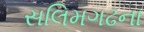
સલિમગઢના